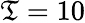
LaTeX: \mathfrak{T}=10